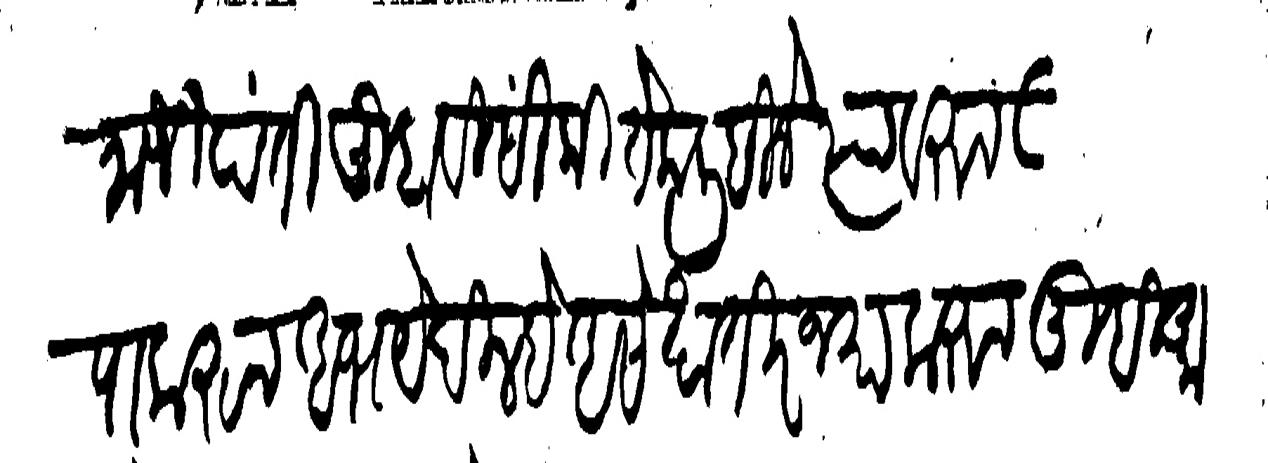
Transliteration (Devanagari): राजीपंती तुम्हाविसी कितेक लिहिले त्यावरुन तुम्हावरी कृपा करुन अभये दिल्हे असे खातीरजमा करुन तुम्ही आपले